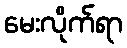
မေးလိုက်ရာ